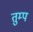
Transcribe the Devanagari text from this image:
तुम्प